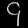
Digit: ၄